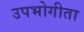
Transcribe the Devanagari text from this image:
उपभोगीता